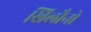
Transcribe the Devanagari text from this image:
खिलौनो